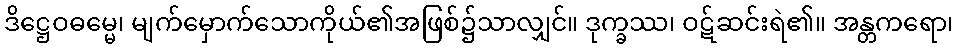
ဒိဋ္ဌေဝဓမ္မေ၊ မျက်မှောက်သောကိုယ်၏အဖြစ်၌သာလျှင်။ ဒုက္ခဿ၊ ဝဋ်ဆင်းရဲ၏။ အန္တကရော၊